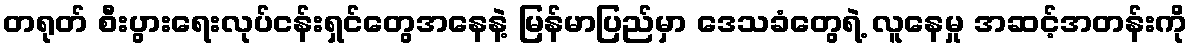
တရုတ် စီးပွားရေးလုပ်ငန်းရှင်တွေအနေနဲ့ မြန်မာပြည်မှာ ဒေသခံတွေရဲ့ လူနေမှု အဆင့်အတန်းကို